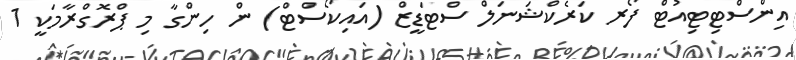
އިންސްޓިޓިއުޓް ފޯރ ކަރެކްޝަނަލް ސްޓަޑީޒް (އައިކޯސްޓް) ން ހިންގާ މި ޕްރޮގްރާމަކީ 1